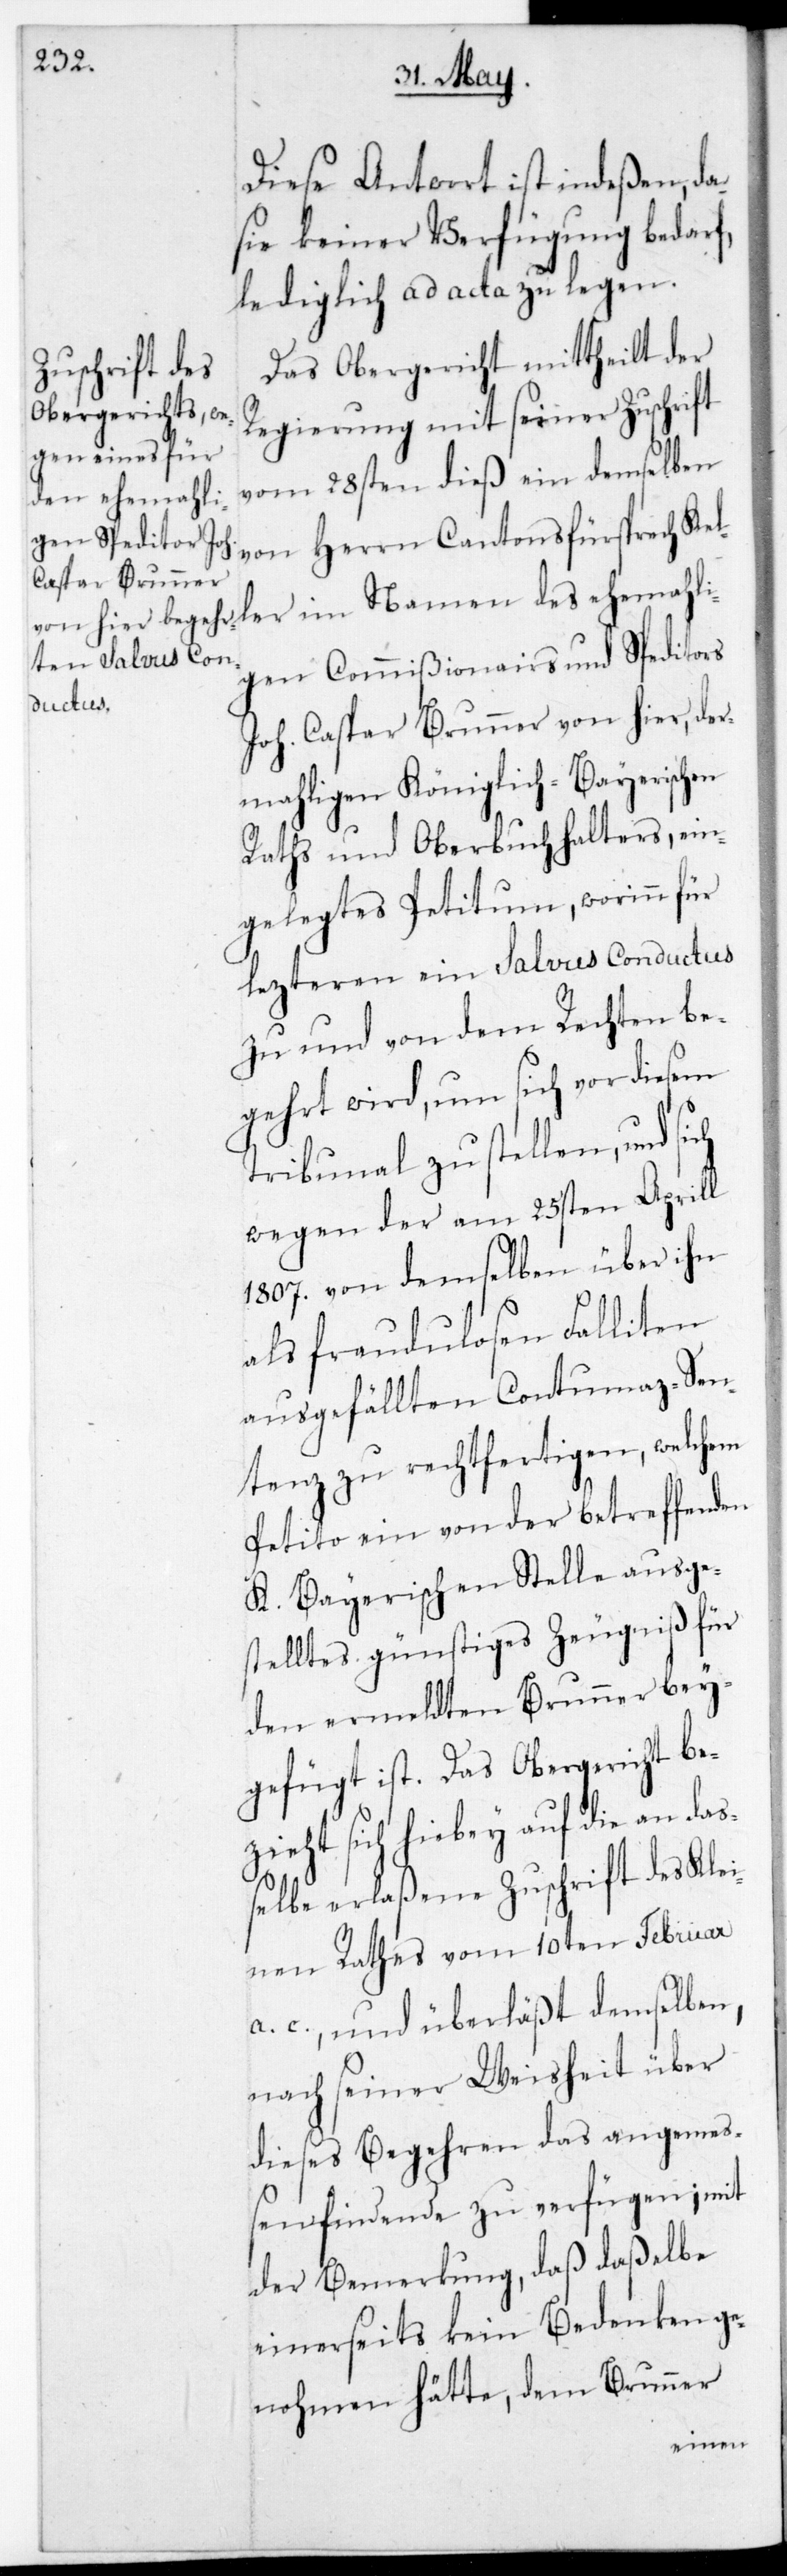
Diese Antwort ist indeßen, da
sie keiner Verfügung bedarf,
lediglich ad acta zu legen.
Das Obergericht mittheilt der
Regierung mit seiner Zuschrift
vom 28sten dieß ein demselben
des ehemahli¬
gen Commißionairs und Speditors
Joh. Caspar Brunner von hier, der¬
mahligen Königlich-bayerischen
Raths und Oberbuchhalters, ein¬
gelegtes Petitum, worinn für
letzteren ein Salvus Conductus
zu und von dem Rechten be¬
gehrt wird, um sich vor diesem
Tribunal zu stellen, und
wegen der am 25sten Aprill
1807. von demselben über ihn
als fraudulosen Falliten
ausgefällten Contumaz-Sen¬
tenz zu rechtfertigen, welchem
Petito ein von der betreffenden
K. Bayerischen Stelle ausge¬
stelltes günstiges Zeugniß für
den ermeldten Brunner bey¬
gefügt ist. Das Obergericht be¬
zieht sich hiebey auf die an da¬
ßelbe erlaßene Zuschrift des Klei¬
nen Rathes vom 10ten Februar
a. c. und überläßt demselben,
nach seiner Weisheit über
dieses Begehren das angemeß¬
en Findende zu verfügen; mit
der Bemerkung, daß daßelbe
einerseits kein Bedenken ge¬
nohmen hätte, dem Brunner